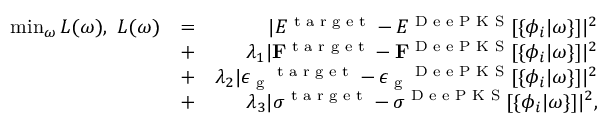
\begin{array} { r l r } { \operatorname* { m i n } _ { \omega } L ( \omega ) , ~ L ( \omega ) } & { = } & { | E ^ { \scriptsize { \textrm { t a r g e t } } } - E ^ { \scriptsize { \textrm { D e e P K S } } } [ \{ \phi _ { i } | \omega \} ] | ^ { 2 } } \\ & { + } & { \lambda _ { 1 } | \mathbf { F } ^ { \scriptsize { \textrm { t a r g e t } } } - \mathbf { F } ^ { \scriptsize { \textrm { D e e P K S } } } [ \{ \phi _ { i } | \omega \} ] | ^ { 2 } } \\ & { + } & { \lambda _ { 2 } | \boldsymbol { \epsilon _ { \textrm { g } } } ^ { \scriptsize { \textrm { t a r g e t } } } - \boldsymbol { \epsilon _ { \textrm { g } } } ^ { \scriptsize { \textrm { D e e P K S } } } [ \{ \phi _ { i } | \omega \} ] | ^ { 2 } } \\ & { + } & { \lambda _ { 3 } | \boldsymbol { \sigma } ^ { \scriptsize { \textrm { t a r g e t } } } - \boldsymbol { \sigma } ^ { \scriptsize { \textrm { D e e P K S } } } [ \{ \phi _ { i } | \omega \} ] | ^ { 2 } , } \end{array}